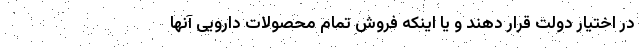
در اختیار دولت قرار دهند و یا اینکه فروش تمام محصولات دارویی آنها